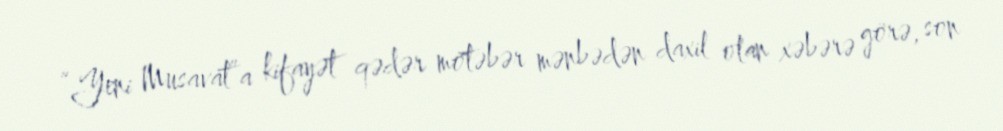
“Yeni Musavat”a kifayət qədər mötəbər mənbədən daxil olan xəbərə görə, son